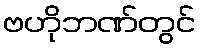
ဗဟိုဘဏ်တွင်